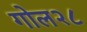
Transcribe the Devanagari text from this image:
गोल२८